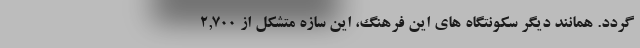
گردد. همانند دیگر سکونتگاه های این فرهنگ، این سازه متشکل از ۲,۷۰۰